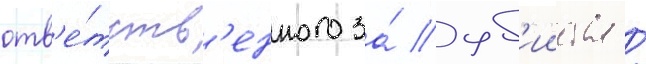
отв'е́тств'енного за́ уб'ииства /